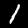
Digit: 1